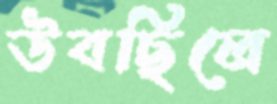
উবছিলে